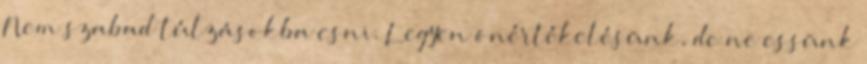
Nem szabad túlzásokba esni. Legyen önértékelésünk, de ne essünk